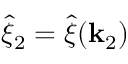
\hat { \xi } _ { 2 } = \hat { \xi } ( \mathbf { k } _ { 2 } )